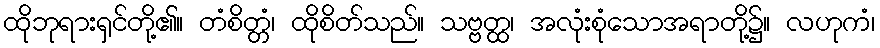
ထိုဘုရားရှင်တို့၏။ တံစိတ္တံ၊ ထိုစိတ်သည်။ သဗ္ဗတ္ထ၊ အလုံးစုံသောအရာတို့၌။ လဟုကံ၊